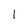
Character: 1